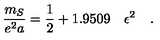
\frac { m _ { S } } { e ^ { 2 } a } = \frac { 1 } { 2 } + 1 . 9 5 0 9 \quad \epsilon ^ { 2 } \quad .